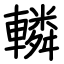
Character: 轔